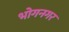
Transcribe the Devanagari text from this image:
भोगनगर